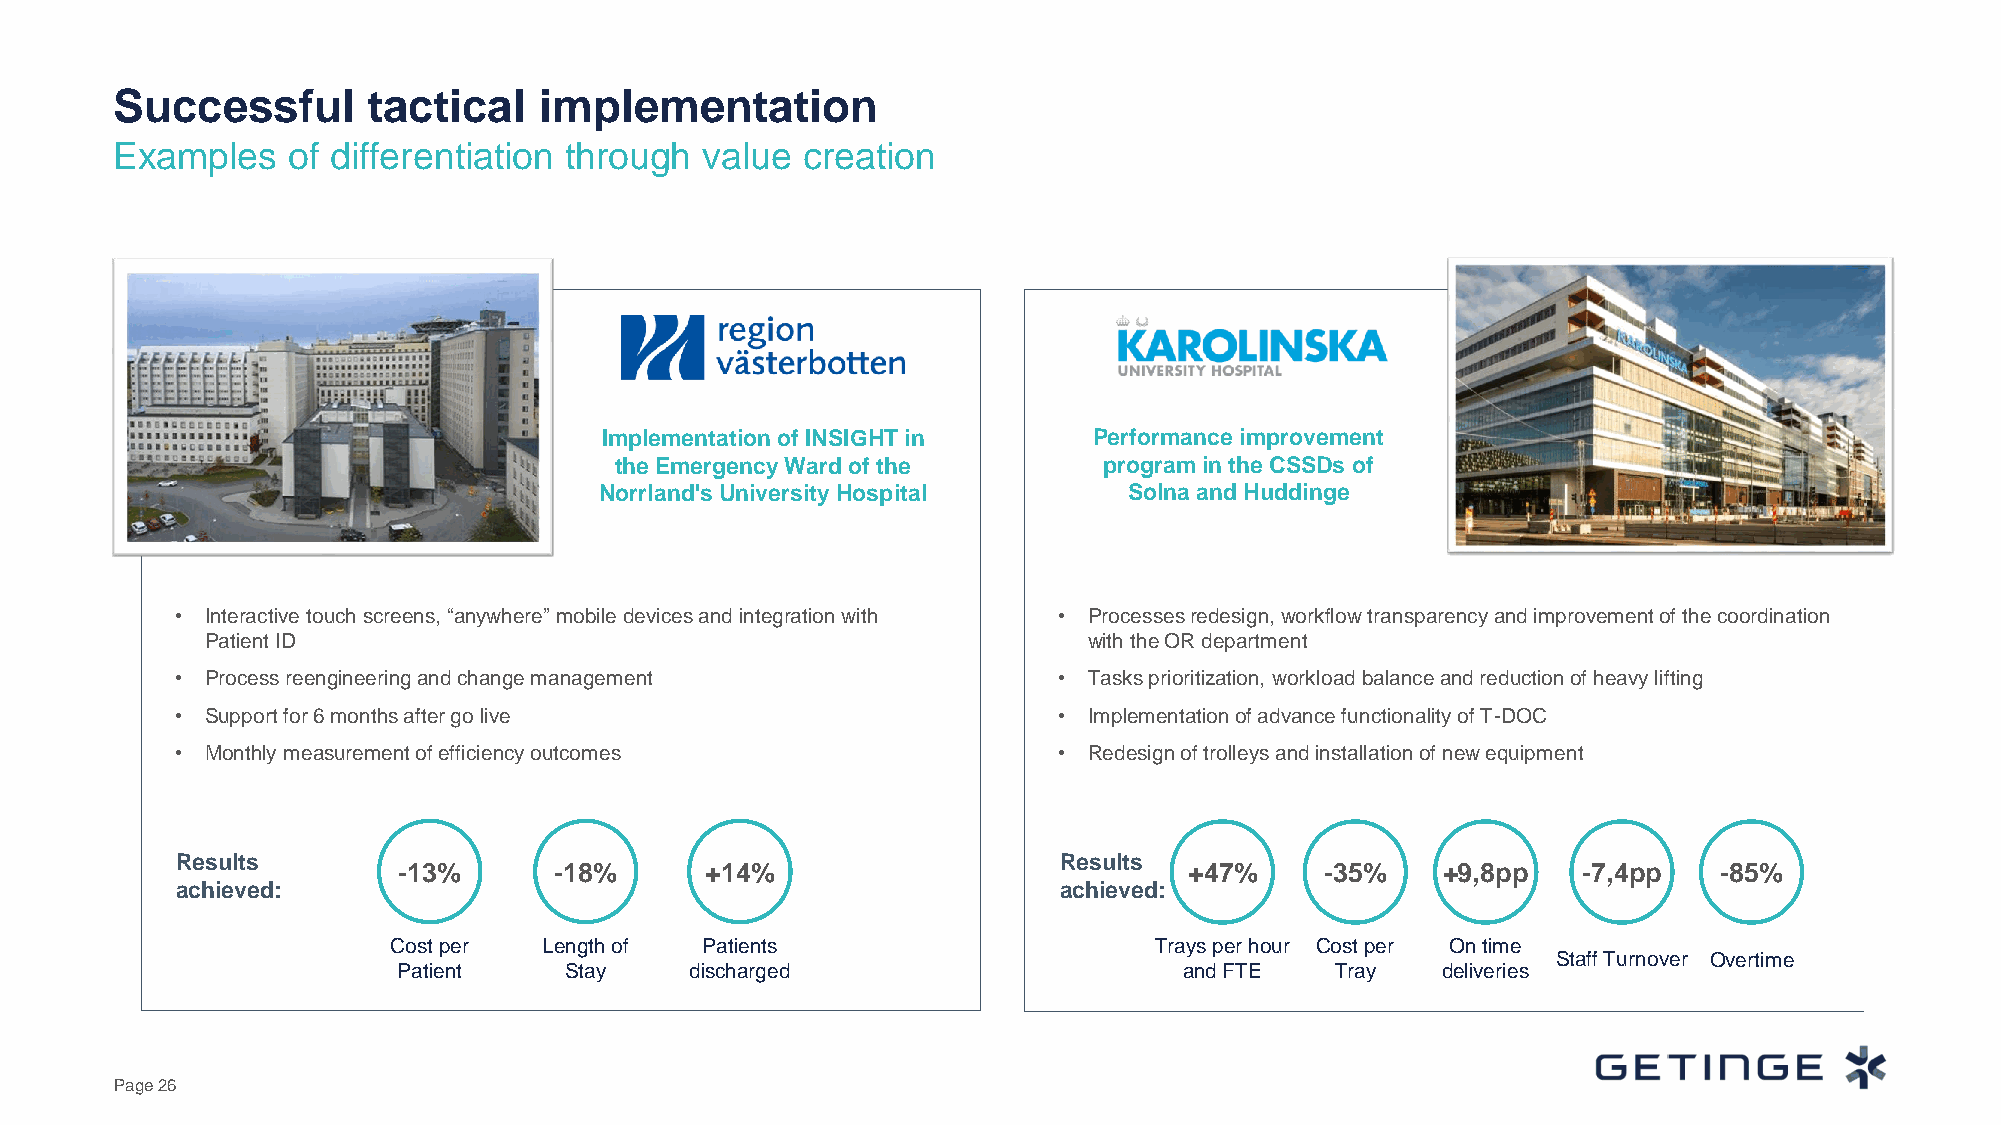
Successful      tactical    implementation
 Examples   of differentiation through  value creation
 Implementation of INSIGHT in    Performance improvement
 the Emergency Ward of the       program in the CSSDs of
 Norrland's University Hospital     Solna and Huddinge
 • Interactive touch screens, “anywhere” mobile devices and integration with • Processes redesign, workflow transparencyand improvement of the coordination
 Patient ID                                                with the OR department
 • Process reengineering and change management             • Tasks prioritization, workload balanceand reduction of heavy lifting
 • Support for 6 months after go live                      • Implementation of advance functionality of T-DOC
 • Monthly measurement of efficiency outcomes              • Redesign of trolleys and installation of new equipment
 Results                                                   Results
 -13%       -18%      +14%                            +47%     -35%   +9,8pp    -7,4pp   -85%
 achieved:                                                 achieved:
 Cost per  Length of Patients                      Trays per hour Cost per On time
 Staff Turnover Overtime
 Patient    Stay     discharged                      and FTE   Tray   deliveries
 Page 26